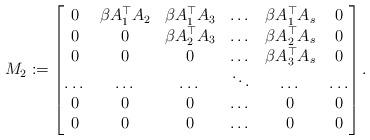
LaTeX: \begin{align*} M_2:=\begin{bmatrix} 0&\beta A_1^\top A_2&\beta A_1^\top A_3&\dots&\beta A_1^\top A_s&0\\ 0&0&\beta A_2^\top A_3&\dots&\beta A_2^\top A_s&0\\ 0&0&0&\dots&\beta A_3^\top A_s&0\\ \dots&\dots&\dots&\ddots&\dots&\dots\\ 0&0&0&\dots&0&0\\ 0&0&0&\dots&0&0 \end{bmatrix}. \end{align*}